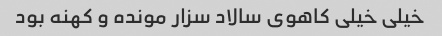
خیلی خیلی کاهوی سالاد سزار مونده و کهنه بود